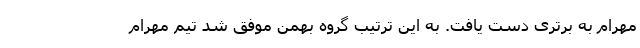
مهرام به برتری دست یافت. به این ترتیب گروه بهمن موفق شد تیم مهرام